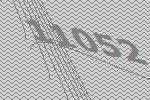
11052